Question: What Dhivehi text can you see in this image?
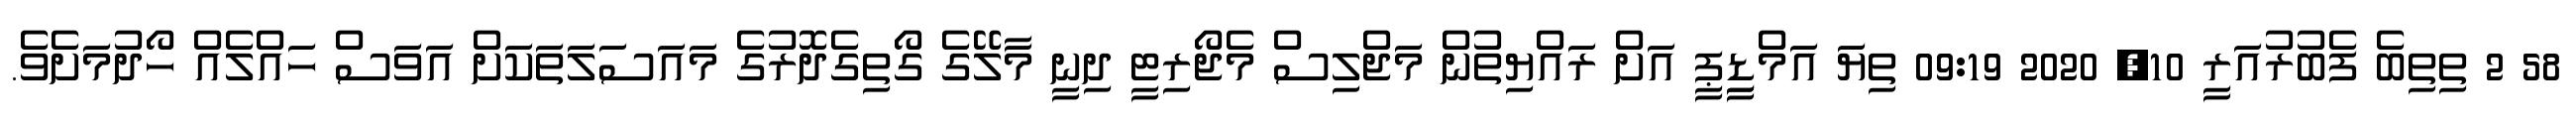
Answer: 58 2 ތިތިބެ ފެބުރުއަރީ 10, 2020 09:19 ތިޔަ އަމްޑިީޕީ އަށް ރައްޔިތުން މަޖްލިސް މެޖޯރިޓީ ދިނީ މާލޭގެ ގޯތިގެދޮރުގެ މައަސަލަތަކަށް އަވަސް ހައްލެއް ހޯދުމަށެވެ.